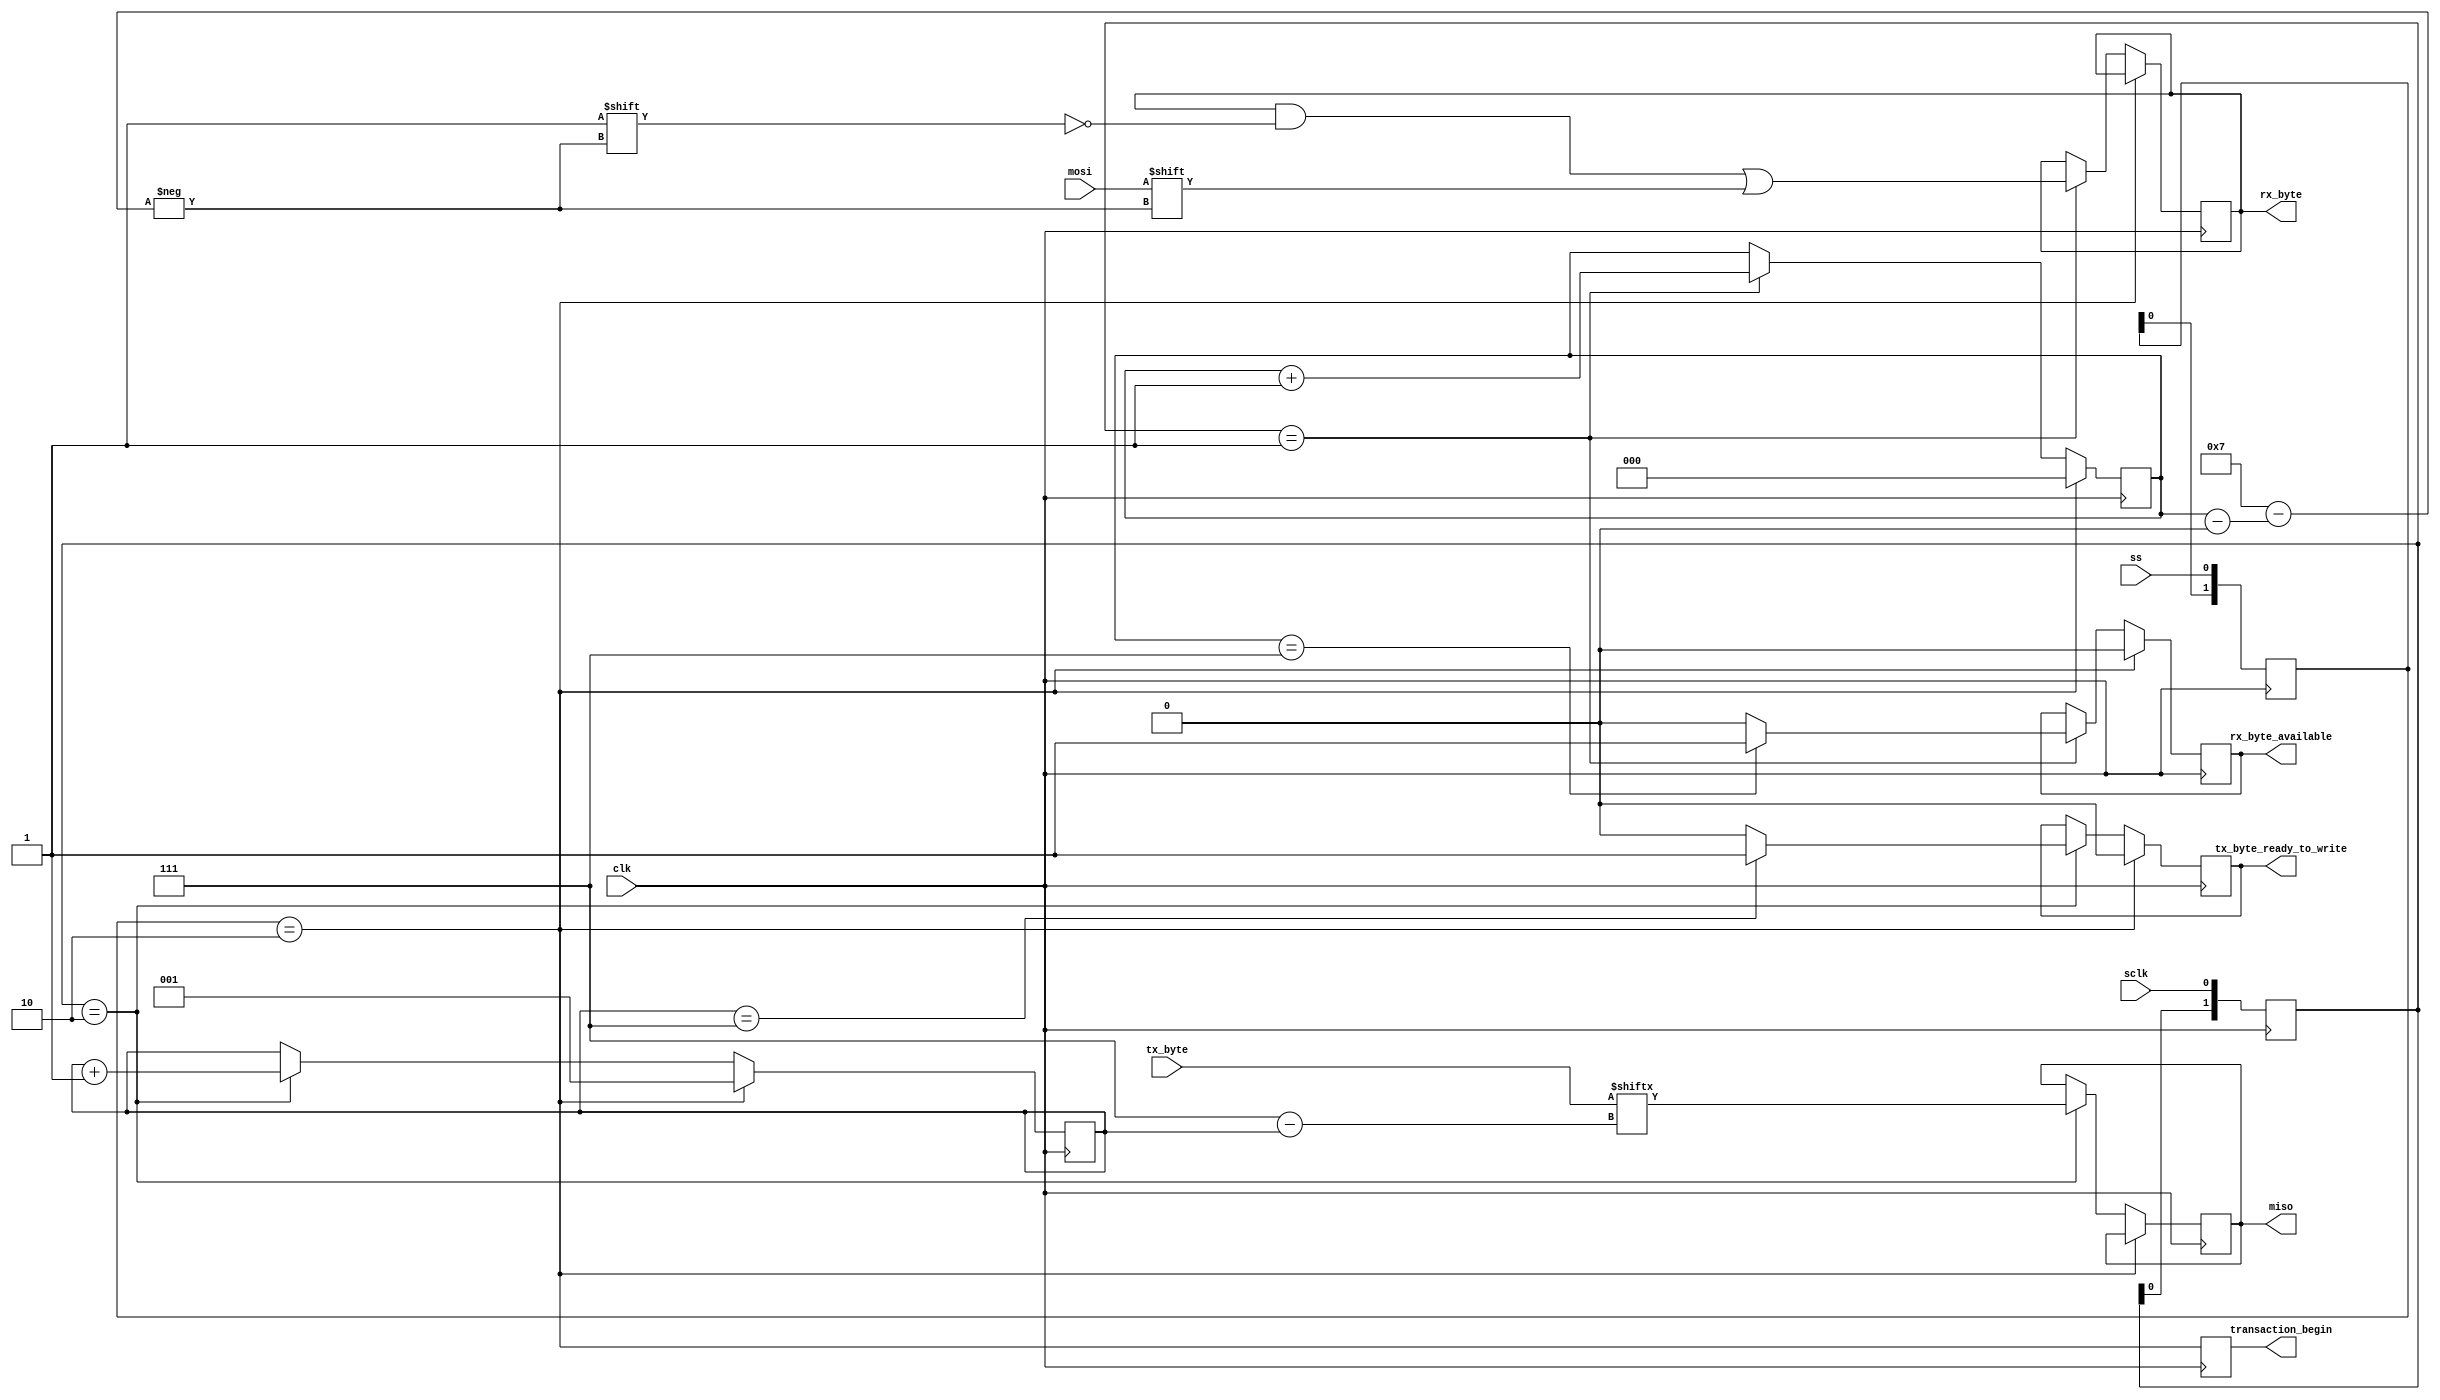
// ----------------------------------------------------------------------------
// This reference design and source code is being provided on an "as-is" basis 
// and as an accommodation, and therefore all warranties, representations or 
// guarantees of any kind (whether express, implied or statutory) including, 
// without limitation, warranties of merchantability, non-infringement, or  
// fitness for a particular purpose, are specifically disclaimed.
// ----------------------------------------------------------------------------

// Implementation of SPI slave mode 0

module spi_slave(
    clk,
    sclk,
    miso,
    mosi,
    ss,
    rx_byte_available,
    rx_byte,
    tx_byte_ready_to_write,
    tx_byte,
    transaction_begin
);

input wire clk;
input wire sclk;
input wire ss;

input wire mosi;
output reg rx_byte_available = 0;
output reg [0 : 7] rx_byte = 0;
reg [2 : 0] rx_index = 3'd0;

output reg miso = 1'b0;
output reg tx_byte_ready_to_write = 1'b0;
input wire [0 : 7] tx_byte;
reg [2 : 0] tx_index = 3'd0;

output reg transaction_begin = 0;

reg [1 :0] sclk_reg;
reg [1 :0] ss_reg;
wire sclk_rissing_edge;
wire sclk_falling_edge;
wire ss_falling_edge;

assign sclk_rissing_edge = (sclk_reg == 2'b01);
assign sclk_falling_edge = (sclk_reg == 2'b10);
assign ss_falling_edge = (ss_reg == 2'b10);

always @ (posedge clk) begin
    sclk_reg[0] <= sclk;
    sclk_reg[1] <= sclk_reg[0];

    ss_reg[0] <= ss;
    ss_reg[1] <= ss_reg[0];

    transaction_begin <= ss_falling_edge;
end

// RX
always @ (posedge clk) begin
    if (ss_falling_edge) begin
        rx_index <= 3'd0;
        rx_byte_available <= 0;
    end else if (sclk_rissing_edge) begin
        rx_byte[rx_index] <= mosi;
        rx_index <= rx_index + 3'd1;
        if (rx_index == 3'd7) begin
            rx_byte_available <= 1;
        end else begin
            rx_byte_available <= 0;
        end
    end
end

// TX
always @ (posedge clk) begin
    if (ss_falling_edge) begin
        /*
         * As in mode 0, the sclk is low when the spi slave is selected:
         * tx_index <= 3'd1 because the 7th bit of the first byte is not
         * transmitted in this implementation.
         */
        tx_index <= 3'd1;
        tx_byte_ready_to_write <= 0;
    end else if (sclk_falling_edge) begin
        miso <= tx_byte[tx_index];
        tx_index <= tx_index + 3'd1;
        if (tx_index == 3'd7) begin
            tx_byte_ready_to_write <= 1;
        end else begin
            tx_byte_ready_to_write <= 0;
        end
    end
end

endmodule